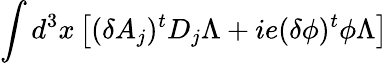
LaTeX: \int d^{3}x\left[(\delta A_{j})^{t}D_{j}\Lambda+ie(\delta\phi)^{t}\phi\Lambda\right]